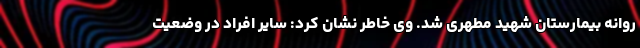
روانه بیمارستان شهید مطهری شد. وی خاطر نشان کرد: سایر افراد در وضعیت